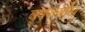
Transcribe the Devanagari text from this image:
वृषपर्व्यास